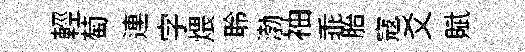
輕萄連字煨聆渤袖乖胎寇爻賦